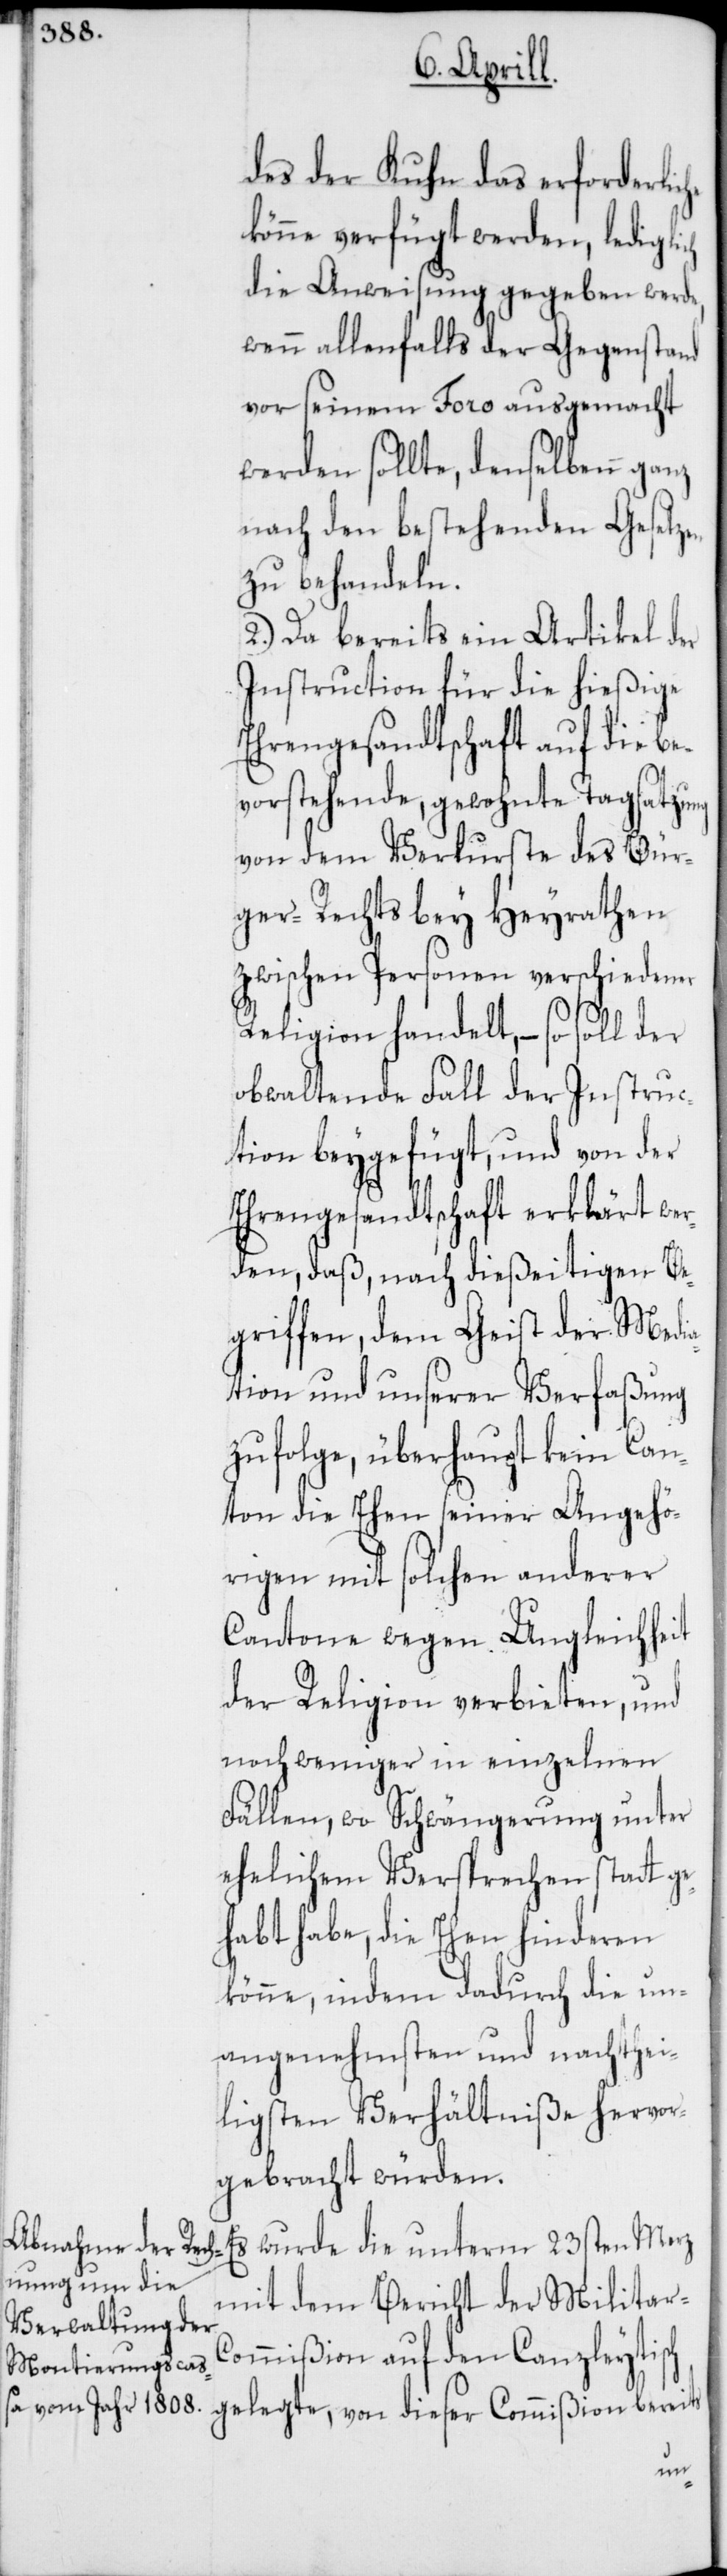
des der Kuhn das Erforderlic¬
könne verfügt werden, ledigli¬
die Anweisung gegeben werde,
wenn allenfalls der Gegenstand
vor seinem Foro ausgemacht
werden sollte, denselbenn ganz
nach den bestehenden Gesetzen
zu behandeln.
2.) Da bereits ein Artikel der
Instruction für die hießige
Ehrengesandtschaft auf die be¬
vorstehende, gewohnte Tagsatzung
von dem Verluste des Bür¬
ger-Rechts bey Heyrathen
zwischen Personen verschiedener
Religion handelt, – so soll der
obwaltende Fall der Instruc¬
tion beygefügt, und von der
Ehrengesandtschaft erklärt wer¬
den, daß, nach dießeitigen Be¬
griffen, dem Geist der Medi¬
ation und unserer Verfaßung
zufolge, überhaupt kein Can¬
ton die Ehen seiner Angehö¬
rigen mit solchen anderer
Cantone wegen Ungleichheit
der Religion verbieten, und
noch weniger in einzelnen
Fällen, wo Schwängerung unter
ehelichem Versprechen statt ge¬
habt habe, die Ehen hinderen
könne, indem dadurch die un¬
angenehmsten und nachthei¬
ligsten Verhältniße hervor¬
gebracht würden.
wurde die unterm 23sten Merz
mit dem Bericht des Militar-C¬
ommißion auf den Canzleytisch
von